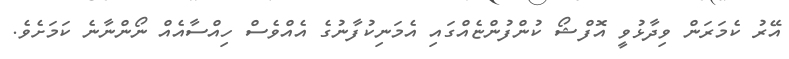
އޭރު ކެމަރަން ވިދާޅުވީ އޮފްޝޯ ކުންފުންޏެއްގައި އެމަނިކުފާނުގެ އެއްވެސް ހިއްސާއެއް ނޯންނާނެ ކަމަށެވެ.